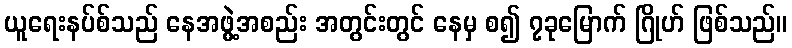
ယူရေးနပ်စ်သည် နေအဖွဲ့အစည်း အတွင်းတွင် နေမှ စ၍ ၇ခုမြောက် ဂြိုဟ် ဖြစ်သည်။